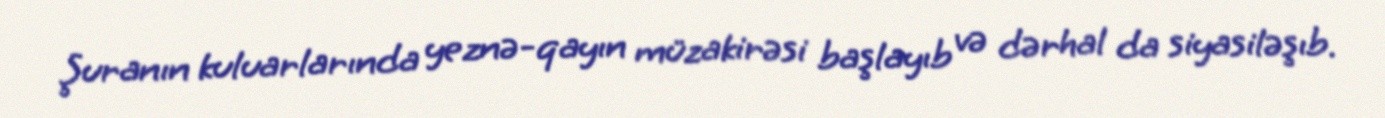
Şuranın kuluarlarında yeznə-qayın müzakirəsi başlayıb və dərhal da siyasiləşıb.